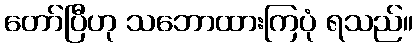
တော်ပြီဟု သဘောထားကြပုံ ရသည်။